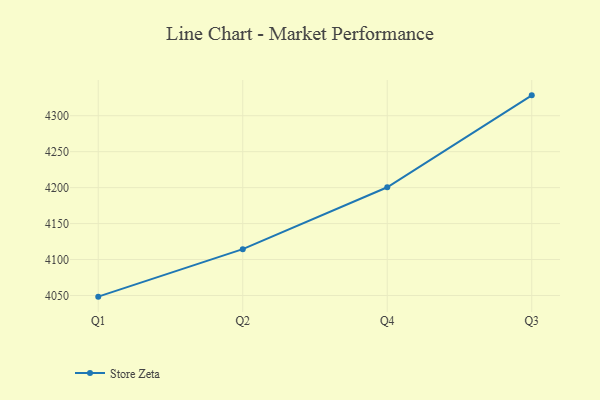
{"axis": {"x": "Quarter", "y": "Demand Index"}, "legend": ["Store Zeta"], "data": [{"x": "Q1", "y": 4048.4, "type": "Store Zeta"}, {"x": "Q2", "y": 4114.4, "type": "Store Zeta"}, {"x": "Q4", "y": 4200.5, "type": "Store Zeta"}, {"x": "Q3", "y": 4328.3, "type": "Store Zeta"}]}